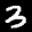
Label: 3